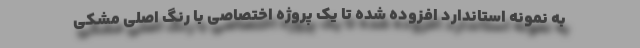
به نمونه استاندارد افزوده شده تا یک پروژه اختصاصی با رنگ اصلی مشکی